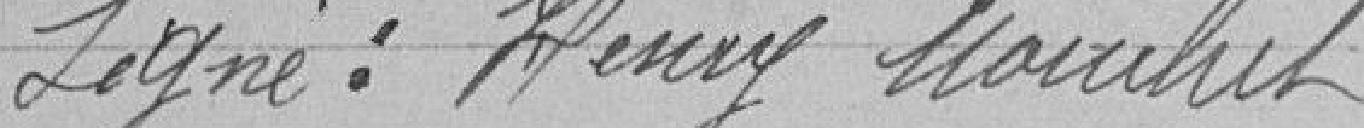
Signé : Henry MOUCHET